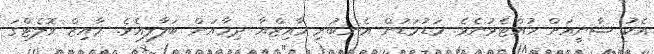
އެކު ޝާނީއަށް ހުއްޓެވުނެވެ. މަޑުމަޑުން އެނބުރި މާއިޒްއާ ދިމާއަށް ބަލާލިއެވެ. މާއިޒް ވޮލެޓްގަ